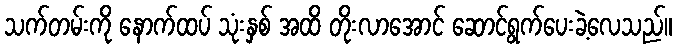
သက်တမ်းကို နောက်ထပ် သုံးနှစ် အထိ တိုးလာအောင် ဆောင်ရွက်ပေးခဲ့လေသည်။